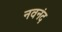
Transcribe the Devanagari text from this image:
नवनंद